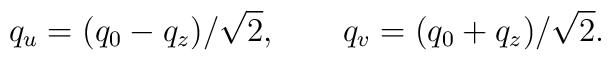
q_{u} = (q_{0} - q_{z})/\sqrt{2} , \qquad q_{v} = (q_{0} + q_{z})/\sqrt{2} .